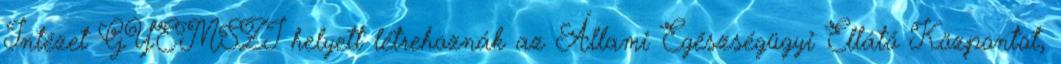
Intézet GYEMSZI helyett létrehoznák az Állami Egészségügyi Ellátó Központot,